Vaccination United Provinces of Agra and Oudh 1914-1922 - 1914-1922
Year: 1914
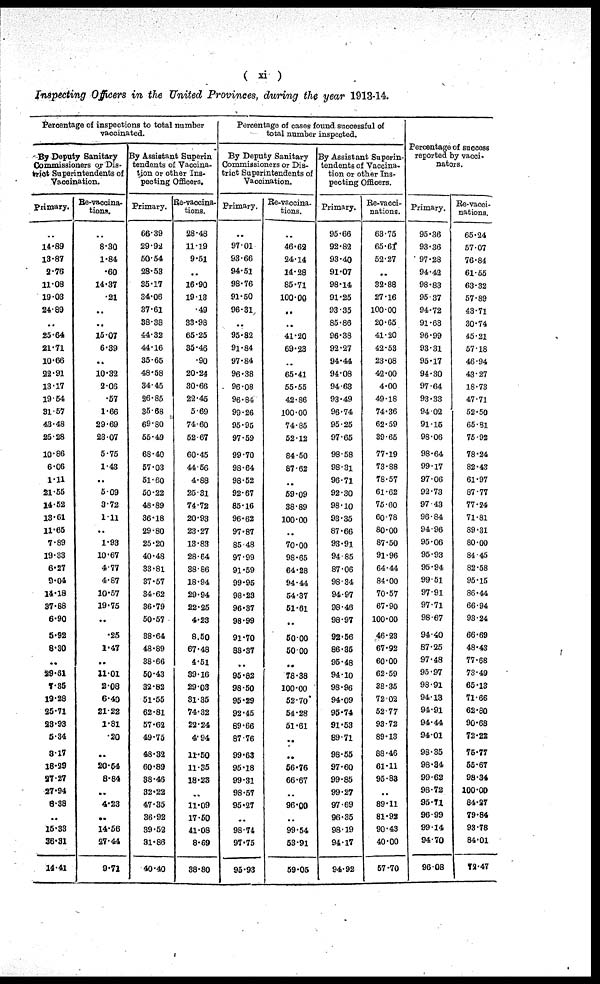
( xi )
Inspecting Officers in the United Provinces, during the year 1913-14.
Percentage of inspections to total number
vaccinated.
By Deputy Sanitary
Commissioners or Dis-
trict Superintendents of
Vaccination.
Primary.
14.89
13.87
2.76
11.08
19.03
24.89
..
25.64
21.71
10.66
22.91
13.17
19.64
31.57
43.48
25.28
10.86
6.06
1.11
21.55
14.52
13.61
11.65
7.89
19.33
6.27
9.04
14.18
37.88
6.90
5.92
8.30
..
29.61
1.35
19.28
25.71
23.93
5.34
3.17
18.29
37.27
27.94
8.38
..
15.33
36.31
14.41
Re-vaccina-
tions.
8.30
1.84
.60
14.37
.21
..
..
15.07
6.39
..
10.32
2.06
.57
1.66
29.69
23.07
5.75
1.43
..
5.09
3.72
1.11
..
1.93
10.67
4.77
4.87
10.57
19.75
..
.25
1.47
..
11.01
2.08
6.40
21.22
1.81
.20
..
20.54
8.84
..
4.23
..
14.56
27.44
9.71
By Assistant Superin
tendents of Vaccina-
tion or other Ins-
pecting Officers.
Primary.
66.39
29.92
50.54
28.53
35.17
34.06
37.61
38.38
44.32
44.16
35.65
48.58
34.45
26.85
35.68
69.80
55.49
68.40
57.03
51.60
50.22
48.89
36.18
29.80
25.20
40.48
33.81
37.57
34.62
36.79
50.57
38.64
48.89
38.66
50.43
32.82
51.55
62.81
57.62
49.75
48.32
60.89
38.46
32.22
47.35
36.92
39.52
31.86
40.40
Re-vaccina-
tions.
28.48
11.19
9.51
..
16.90
19.13
.49
33.98
65.25
35.46
.90
20.24
30.66
22.45
5.69
74.60
52.67
60.45
44.56
4.88
25.31
74.72
20.93
23.27
13.83
28.64
38.86
18.94
29.94
22.25
4.23
8.50
67.48
4.51
39.16
29.03
31.35
74.32
22.24
4.94
11.50
11.35
18.23
..
11.09
17.50
41.08
8.69
38.80
Percentage of cases found successful of
total number inspected.
By Deputy Sanitary
Commissioners or Dis-
trict Superintendents of
Vaccination.
Primary.
..
97.01
93.66
94.51
98.76
91.50
96.31
..
95.82
91.84
97.84
96.38
96.08
96.84
99.26
95.95
97.59
99.70
98.64
98.52
92.67
85.16
96.62
97.87
85.48
97.99
91.59
99.95
98.28
96.37
98.99
91.70
88.37
..
95.82
98.50
95.29
92.45
69.66
87.76
99.63
95.18
99.31
98.57
95.27
..
98.74
97.75
95.93
Re-vaccina-
tions.
46.62
24.14
14.28
85.71
100.00
..
..
41.20
69.23
..
65.41
55.55
42.86
100.00
74.85
52.12
84.50
87.62
..
59.09
38.89
100.00
..
70.00
98.65
64.28
94.44
54.37
51.61
..
50.00
50.00
..
78.38
100.00
52.70
54.28
51.61
..
..
56.76
66.67
..
96.00
..
99.54
53.91
59.05
By Assistant Superin-
tendents of Vaccina-
tion or other Ins-
pecting Officers.
Primary.
95.66
92.82
93.40
91.07
98.14
91.25
93.35
85.86
96.38
92.27
94.44
94.08
94.63
93.49
96.74
95.25
97.65
98.58
98.31
96.71
92.30
98.10
93.35
87.66
93.91
94.85
87.06
98.34
94.97
98.46
98.97
92.56
86.35
95.48
94.10
98.96
94.09
95.74
91.53
89.71
98.55
97.60
99.85
99.27
97.69
96.35
98.19
94.17
94.92
Re-vacci-
nations.
63.75
65.61
52.27
..
32.88
27.16
100.00
20.65
41.20
42.53
23.08
42.00
4.00
49.18
74.36
62.59
39.65
77.19
73.88
78.57
61.62
75.60
60.78
80.00
87.50
91.96
64.44
84.00
70.57
67.90
100.00
46.23
67.92
60.00
62.59
38.35
72.02
52.77
93.72
89.13
88.46
61.11
95.83
..
89.11
81.92
90.43
40.00
57.70
Percentage of success
reported by vacci-
nators.
Primary.
95.36
93.36
97.28
94.42
98.83
95.37
94.72
91.63
96.99
93.31
95.17
94.30
97.64
93.33
94.02
91.15
98.06
98.64
99.17
97.06
92.73
97.43
96.84
94.96
95.06
95.93
95.94
99.51
97.91
97.71
98.67
94.40
87.25
97.48
95.97
98.91
94.13
94.91
94.44
94.01
98.35
98.34
99.62
98.72
95.71
96.99
99.14
94.70
96.08
Re-vacci-
nations.
65.24
57.07
76.84
61.55
63.32
57.89
43.71
30.74
45.21
57.18
46.94
43.27
18.73
47.71
52.50
65.91
75.92
78.24
82.43
61.97
87.77
77.24
71.81
89.31
80.00
84.45
82.58
95.15
86.44
66.94
93.24
66.69
48.43
77.68
73.49
65.13
71.66
62.80
90.68
72.22
75.77
55.67
98.34
100.00
84.27
79.84
93.78
84.01
72.47